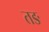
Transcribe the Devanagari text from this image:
तङ